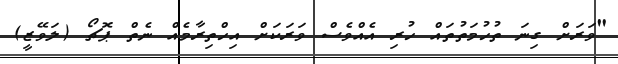
"ވަރަށް ގިނަ ތުހުމަތުތައް ހުރި އެއްވެސް ވަރަކަށް އިހްތިރާމެއް ނެތް ޕޮޗޯ (ލަވޭޒީ)